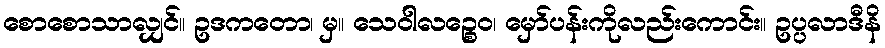
စောစောသာလျှင်။ ဥဒကတော၊ မှ။ သေဝါလဉ္စေဝ၊ မှော်ပန်းကိုလည်းကောင်း။ ဥပ္ပလာဒီနိ